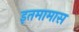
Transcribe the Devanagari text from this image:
इतमामास